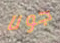
جونا